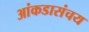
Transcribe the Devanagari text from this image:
आंकडासंचय